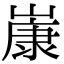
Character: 𡻚